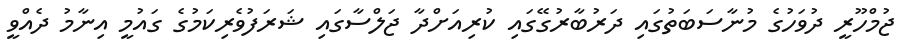
ޖުމްހޫރީ ދުވަހުގެ މުނާސަބަތުގައި ދަރުބާރުގޭގައި ކުރިއަށްދާ ޖަލްސާގައި ޝަރަފުވެރިކަމުގެ ގައުމީ އިނާމު ދެއްވީ